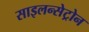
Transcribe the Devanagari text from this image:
साइलन्सेट्रोन